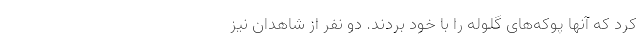
کرد که آنها پوکه‌های گلوله را با خود بردند. دو نفر از شاهدان نیز